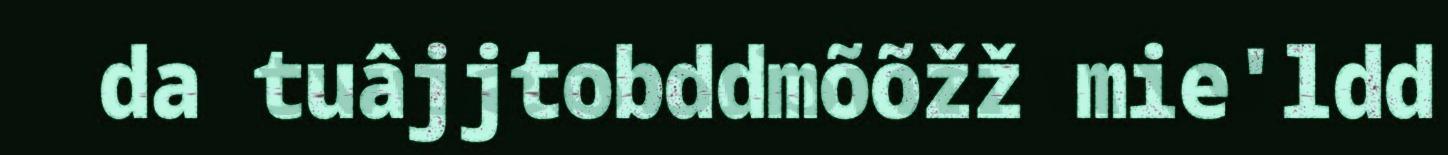
da tuâjjtobddmõõžž mie'ldd